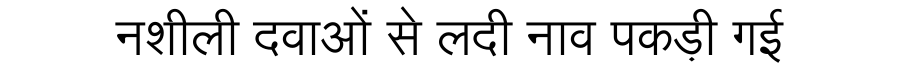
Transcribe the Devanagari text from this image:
नशीली दवाओं से लदी नाव पकड़ी गई